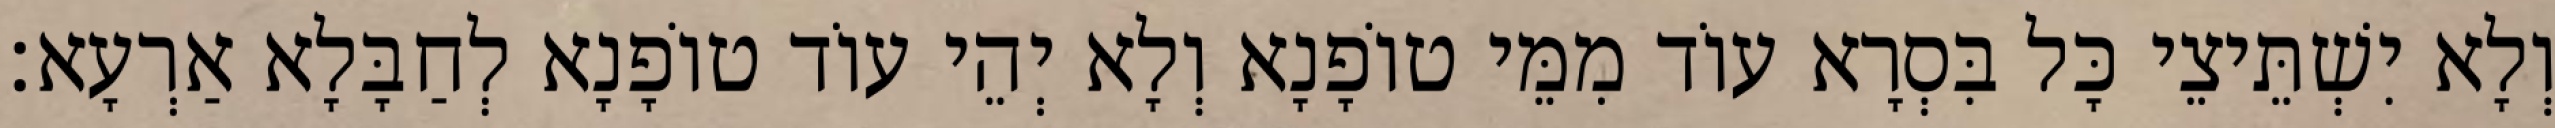
וְלָא יִשְׁתֵּיצֵי כָּל בִּסְרָא עוֹד מִמֵּי טוֹפָנָא וְלָא יְהֵי עוֹד טוֹפָנָא לְחַבָּלָא אַרְעָא׃